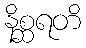
နိစ္ဆရတိ